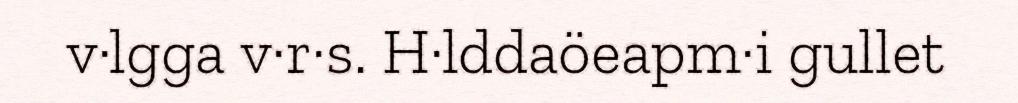
v·lgga v·r·s. H·lddaöeapm·i gullet